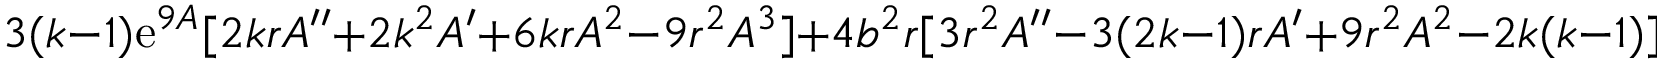
3 ( k - 1 ) \mathrm { e } ^ { 9 A } [ 2 k r A ^ { \prime \prime } + 2 k ^ { 2 } A ^ { \prime } + 6 k r A ^ { 2 } - 9 r ^ { 2 } A ^ { 3 } ] + 4 b ^ { 2 } r [ 3 r ^ { 2 } A ^ { \prime \prime } - 3 ( 2 k - 1 ) r A ^ { \prime } + 9 r ^ { 2 } A ^ { 2 } - 2 k ( k - 1 ) ] = 0 ,